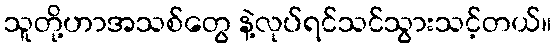
သူတို့ဟာအသစ်တွေ နဲ့လုပ်ရင်သင်သွားသင့်တယ်။